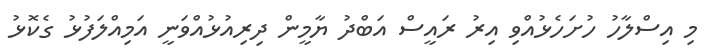
މި އިސްލާހު ހުށަހެޅުއްވި އިރު ރައީސް އަބްދު ޔާމީން ދިރިއުޅުއްވަނީ އަމިއްލަފުޅު ގެކޮޅު